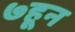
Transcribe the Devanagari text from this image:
७हून